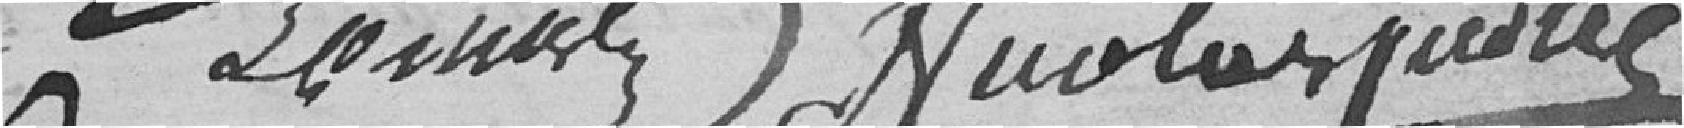
Nicolas Judier